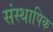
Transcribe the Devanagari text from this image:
संस्थापिक